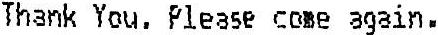
THANK YOU. PLEASE COME AGAIN.